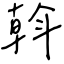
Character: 斡